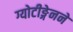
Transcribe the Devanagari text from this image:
ग्योटीङ्गेनने